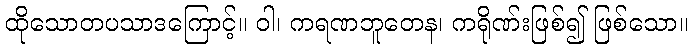
ထိုသောတပသာဒကြောင့်။ ဝါ၊ ကရဏဘူတေန၊ ကရိုဏ်းဖြစ်၍ ဖြစ်သော။